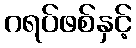
ဂရပ်ဖစ်နှင့်